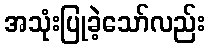
အသုံးပြုခဲ့သော်လည်း